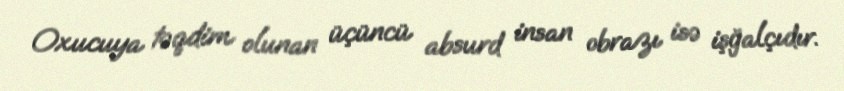
Oxucuya təqdim olunan üçüncü absurd insan obrazı isə işğalçıdır.